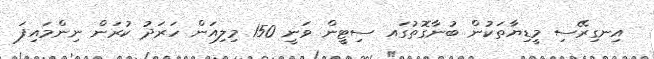
އިނގިރޭސި މީޑިޔާތަކުން ބުނާގޮތުގައ ސިޓީން ވަނީ 150 މިލިއަން ހަރަދު ކުރަން ނިންމައިފަ